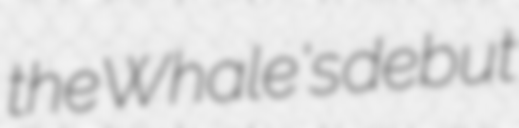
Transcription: the Whale's debut